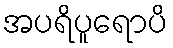
အပရိပူရောပိ